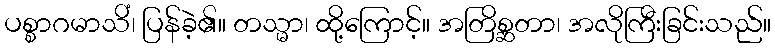
ပစ္စာဂမာသိံ၊ ပြန်ခဲ့၏။ တသ္မာ၊ ထို့ကြောင့်။ အတြိစ္ဆတာ၊ အလိုကြီးခြင်းသည်။